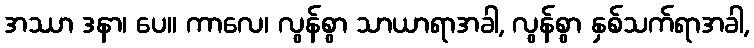
အဿာ ဒနာ၊ ပေ။ ကာလေ၊ လွန်စွာ သာယာရာအခါ, လွန်စွာ နှစ်သက်ရာအခါ,